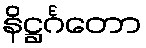
နိဋ္ဌင်္ဂတော